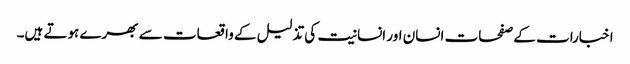
اخبارات کے صفحات انسان اور انسانیت کی تذلیل کے واقعات سے بھرے ہوتے ہیں۔